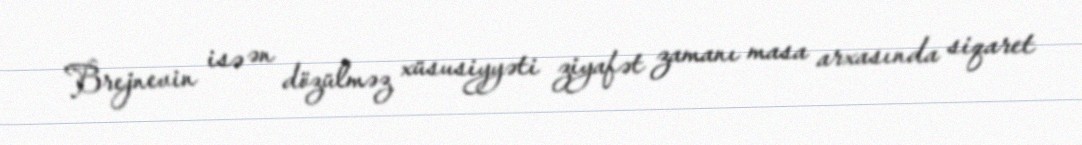
Brejnevin isə ən dözülməz xüsusiyyəti ziyafət zamanı masa arxasında siqaret